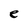
Character: e